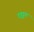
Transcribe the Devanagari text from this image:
डड्ढड्डद्म